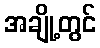
အချို့တွင်